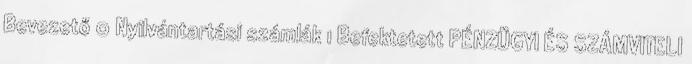
Bevezető 0 Nyilvántartási számlák 1 Befektetett PÉNZÜGYI ÉS SZÁMVITELI